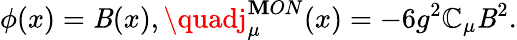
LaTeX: \phi(x)=\mathit{B}(x),\quadj_{\mu}^{\mathbf{M}ON}(x)=-6g^{2}\mathbb{C}_{\mu}\mathit{B}^{2}.